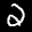
Label: 2